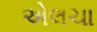
એલચા